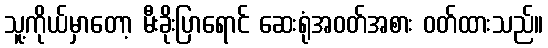
သူ့ကိုယ်မှာတော့ မီးခိုးပြာရောင် ဆေးရုံအဝတ်အစား ဝတ်ထားသည်။